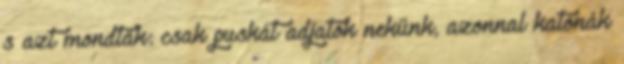
s azt mondták: csak puskát adjatok nekünk, azonnal katonák